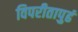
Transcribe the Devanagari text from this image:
विपरीतापुढं